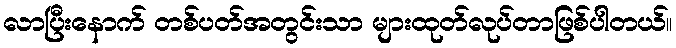
လာပြီးနောက် တစ်ပတ်အတွင်းသာ များထုတ်လုပ်တာဖြစ်ပါတယ်။